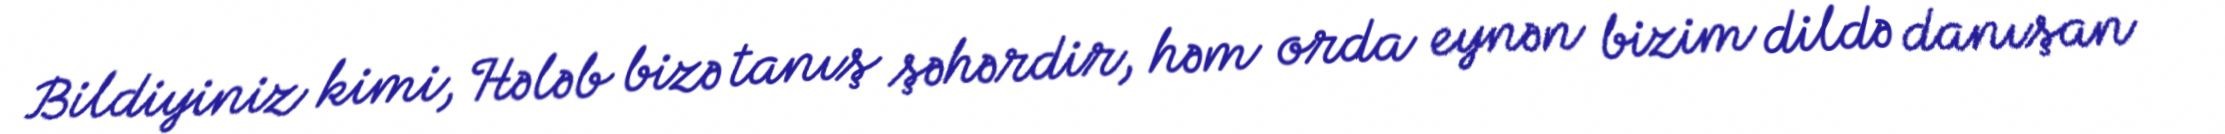
Bildiyiniz kimi, Hələb bizə tanış şəhərdir, həm orda eynən bizim dildə danışan